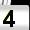
Digit: 4